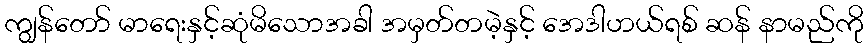
ကျွန်တော် မာရေးနှင့်ဆုံမိသောအခါ အမှတ်တမဲ့နှင့် အေဒါဟယ်ရစ် ဆန် နာမည်ကို